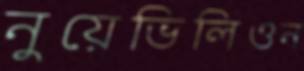
নুয়েভিলিওন